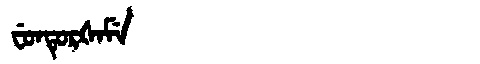
Manchu: ᠸᡠᠨᡨᡠᡵᡧᠠᠮᡝ
Romanization: FUNTURŠAME